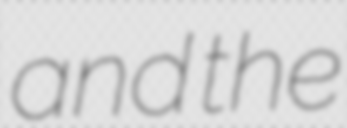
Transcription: and the